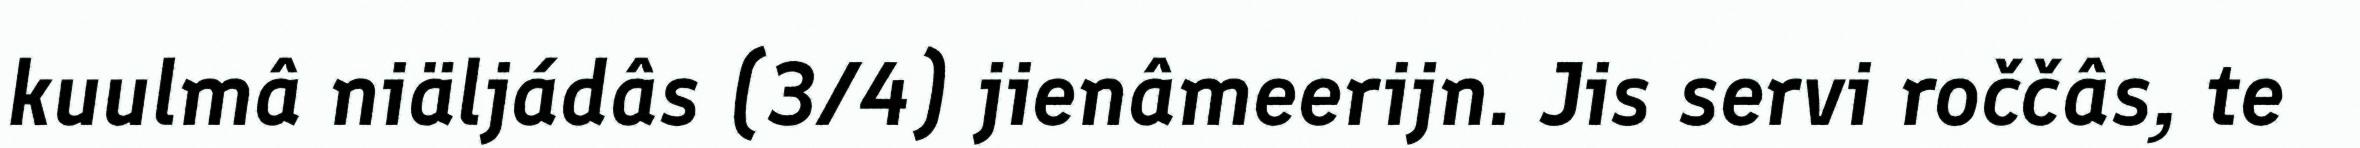
kuulmâ niäljádâs (3/4) jienâmeerijn. Jis servi roččâs, te